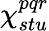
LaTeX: \chi_{stu}^{pqr}